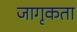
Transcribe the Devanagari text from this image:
जागृकता